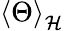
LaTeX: \left<\Theta\right>_{\mathcal{H}}